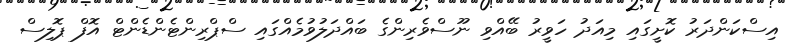
އިސްކަންދަރު ކޮށީގައި މިއަދު ހަވީރު ބޭއްވި ނޫސްވެރިންގެ ބައްދަލުވުމެއްގައި ސްޕްރިންޓެންޑެންޓް އޮފް ޕޮލިސް